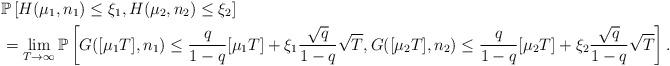
LaTeX: \begin{align*}&\mathbb{P}\left[H(\mu_1,n_1)\le\xi_1,H(\mu_2,n_2)\le\xi_2\right]\\&=\lim\limits_{T\to\infty}\mathbb{P}\left[G([\mu_1T],n_1)\le \frac{q}{1-q}[\mu_1T]+\xi_1\frac{\sqrt{q}}{1-q}\sqrt{T},G([\mu_2T],n_2)\le \frac{q}{1-q}[\mu_2T]+\xi_2\frac{\sqrt{q}}{1-q}\sqrt{T}\right].\end{align*}